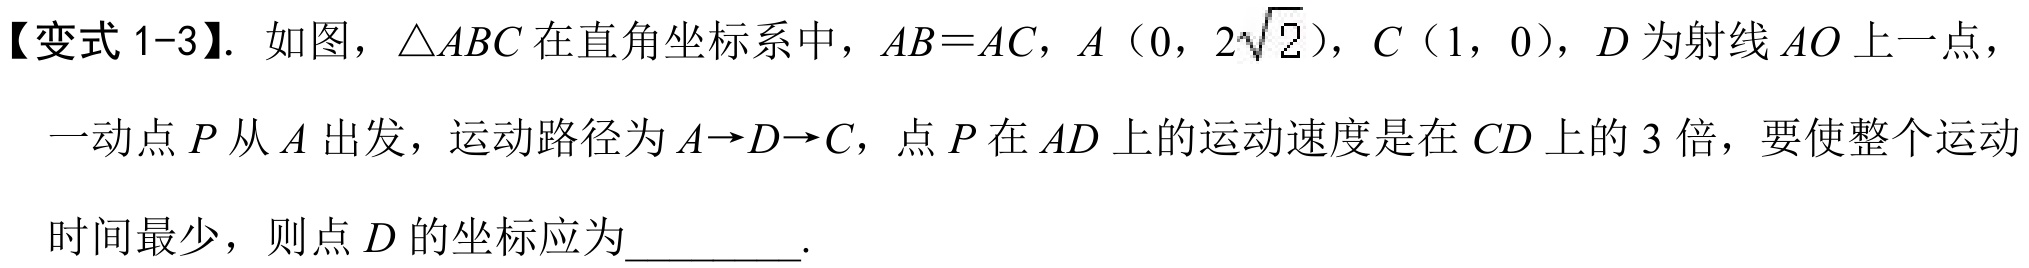
【变式 1-3】. 如图，\(\triangle ABC\)在直角坐标系中，\(AB = AC\)，\(A\)（\(0\)，\(2\sqrt{2}\)），\(C\)（\(1\)，\(0\)），\(D\)为射线\(AO\)上一点，一动点\(P\)从\(A\)出发，运动路径为\(A \to D \to C\)，点\(P\)在\(AD\)上的运动速度是在\(CD\)上的 \(3\) 倍，要使整个运动时间最少，则点\(D\)的坐标应为_________.